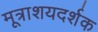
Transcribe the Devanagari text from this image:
मूत्राशयदर्शक